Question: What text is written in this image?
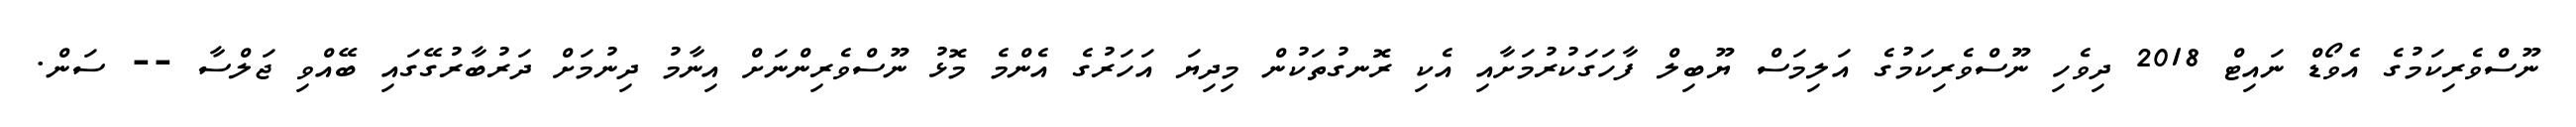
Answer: ނޫސްވެރިކަމުގެ އެވޯޑް ނައިޓް 2018 ދިވެހި ނޫސްވެރިކަމުގެ އަލިމަސް ޔޫބިލް ފާހަގަކުރުމަށާއި އެކި ރޮނގުތަކުން މިދިޔަ އަހަރުގެ އެންމެ މޮޅު ނޫސްވެރިންނަށް އިނާމު ދިނުމަށް ދަރުބާރުގޭގައި ބޭއްވި ޖަލްސާ -- ސަން.